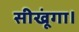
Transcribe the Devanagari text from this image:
सीखूंगा।